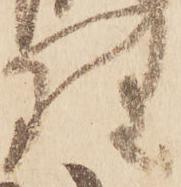
理